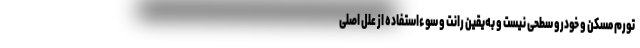
تورم مسکن و خودرو سطحی نیست و به‌یقین رانت و سوءاستفاده از علل اصلی